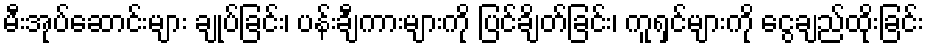
မီးအုပ်ဆောင်းများ ချုပ်ခြင်း၊ ပန်းချီကားများကို ပြင်ချိတ်ခြင်း၊ ကူရှင်များကို ငွေချည်ထိုးခြင်း